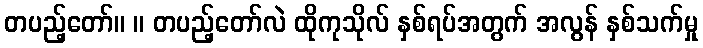
တပည့်တော်။ ။ တပည့်တော်လဲ ထိုကုသိုလ် နှစ်ရပ်အတွက် အလွန် နှစ်သက်မှု